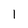
Character: l